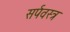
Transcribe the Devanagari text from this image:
सर्पवस्त्र